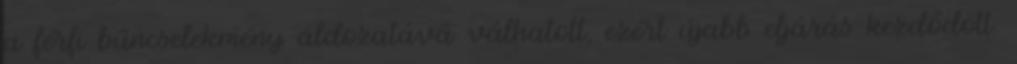
a férfi bűncselekmény áldozatává válhatott, ezért újabb eljárás kezdődött.